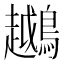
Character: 𬷲